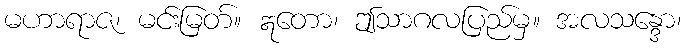
မဟာရာဇ၊ မင်းမြတ်။ ဣတော၊ ဤသာဂလပြည်မှ။ အလသန္ဒော၊